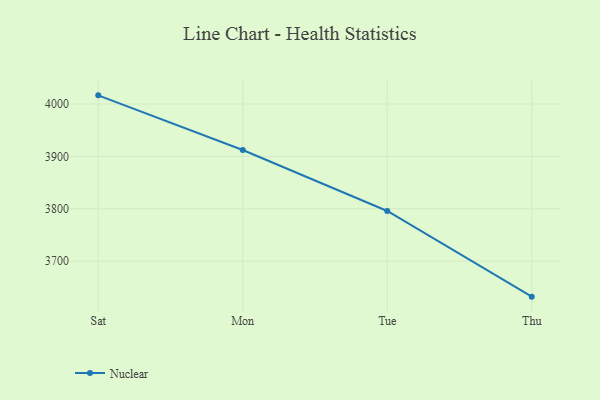
{"axis": {"x": "Day", "y": "Net Income (USD K)"}, "legend": ["Nuclear"], "data": [{"x": "Sat", "y": 4016.5, "type": "Nuclear"}, {"x": "Mon", "y": 3912.2, "type": "Nuclear"}, {"x": "Tue", "y": 3795.9, "type": "Nuclear"}, {"x": "Thu", "y": 3632.4, "type": "Nuclear"}]}